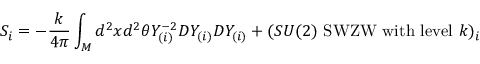
S _ { i } = - \frac { k } { 4 \pi } \int _ { \cal M } d ^ { 2 } x d ^ { 2 } \theta Y _ { ( i ) } ^ { - 2 } D Y _ { ( i ) } D Y _ { ( i ) } + ( S U ( 2 ) \mathrm { ~ S W Z W ~ w i t h ~ l e v e l ~ } k ) _ { i }